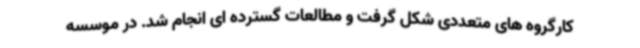
کارگروه های متعددی شکل گرفت و مطالعات گسترده ای انجام شد. در موسسه